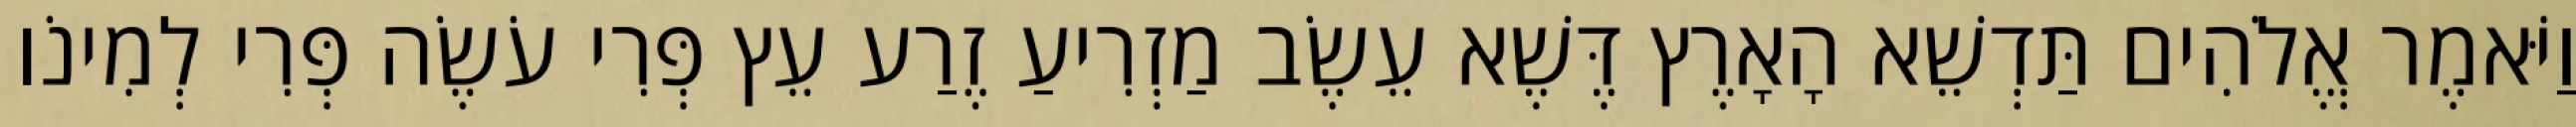
וַיֹּאמֶר אֱלֹהִים תַּדְשֵׁא הָאָרֶץ דֶּשֶׁא עֵשֶׂב מַזְרִיעַ זֶרַע עֵץ פְּרִי עֹשֶׂה פְּרִי לְמִינֹו